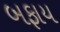
બફાય